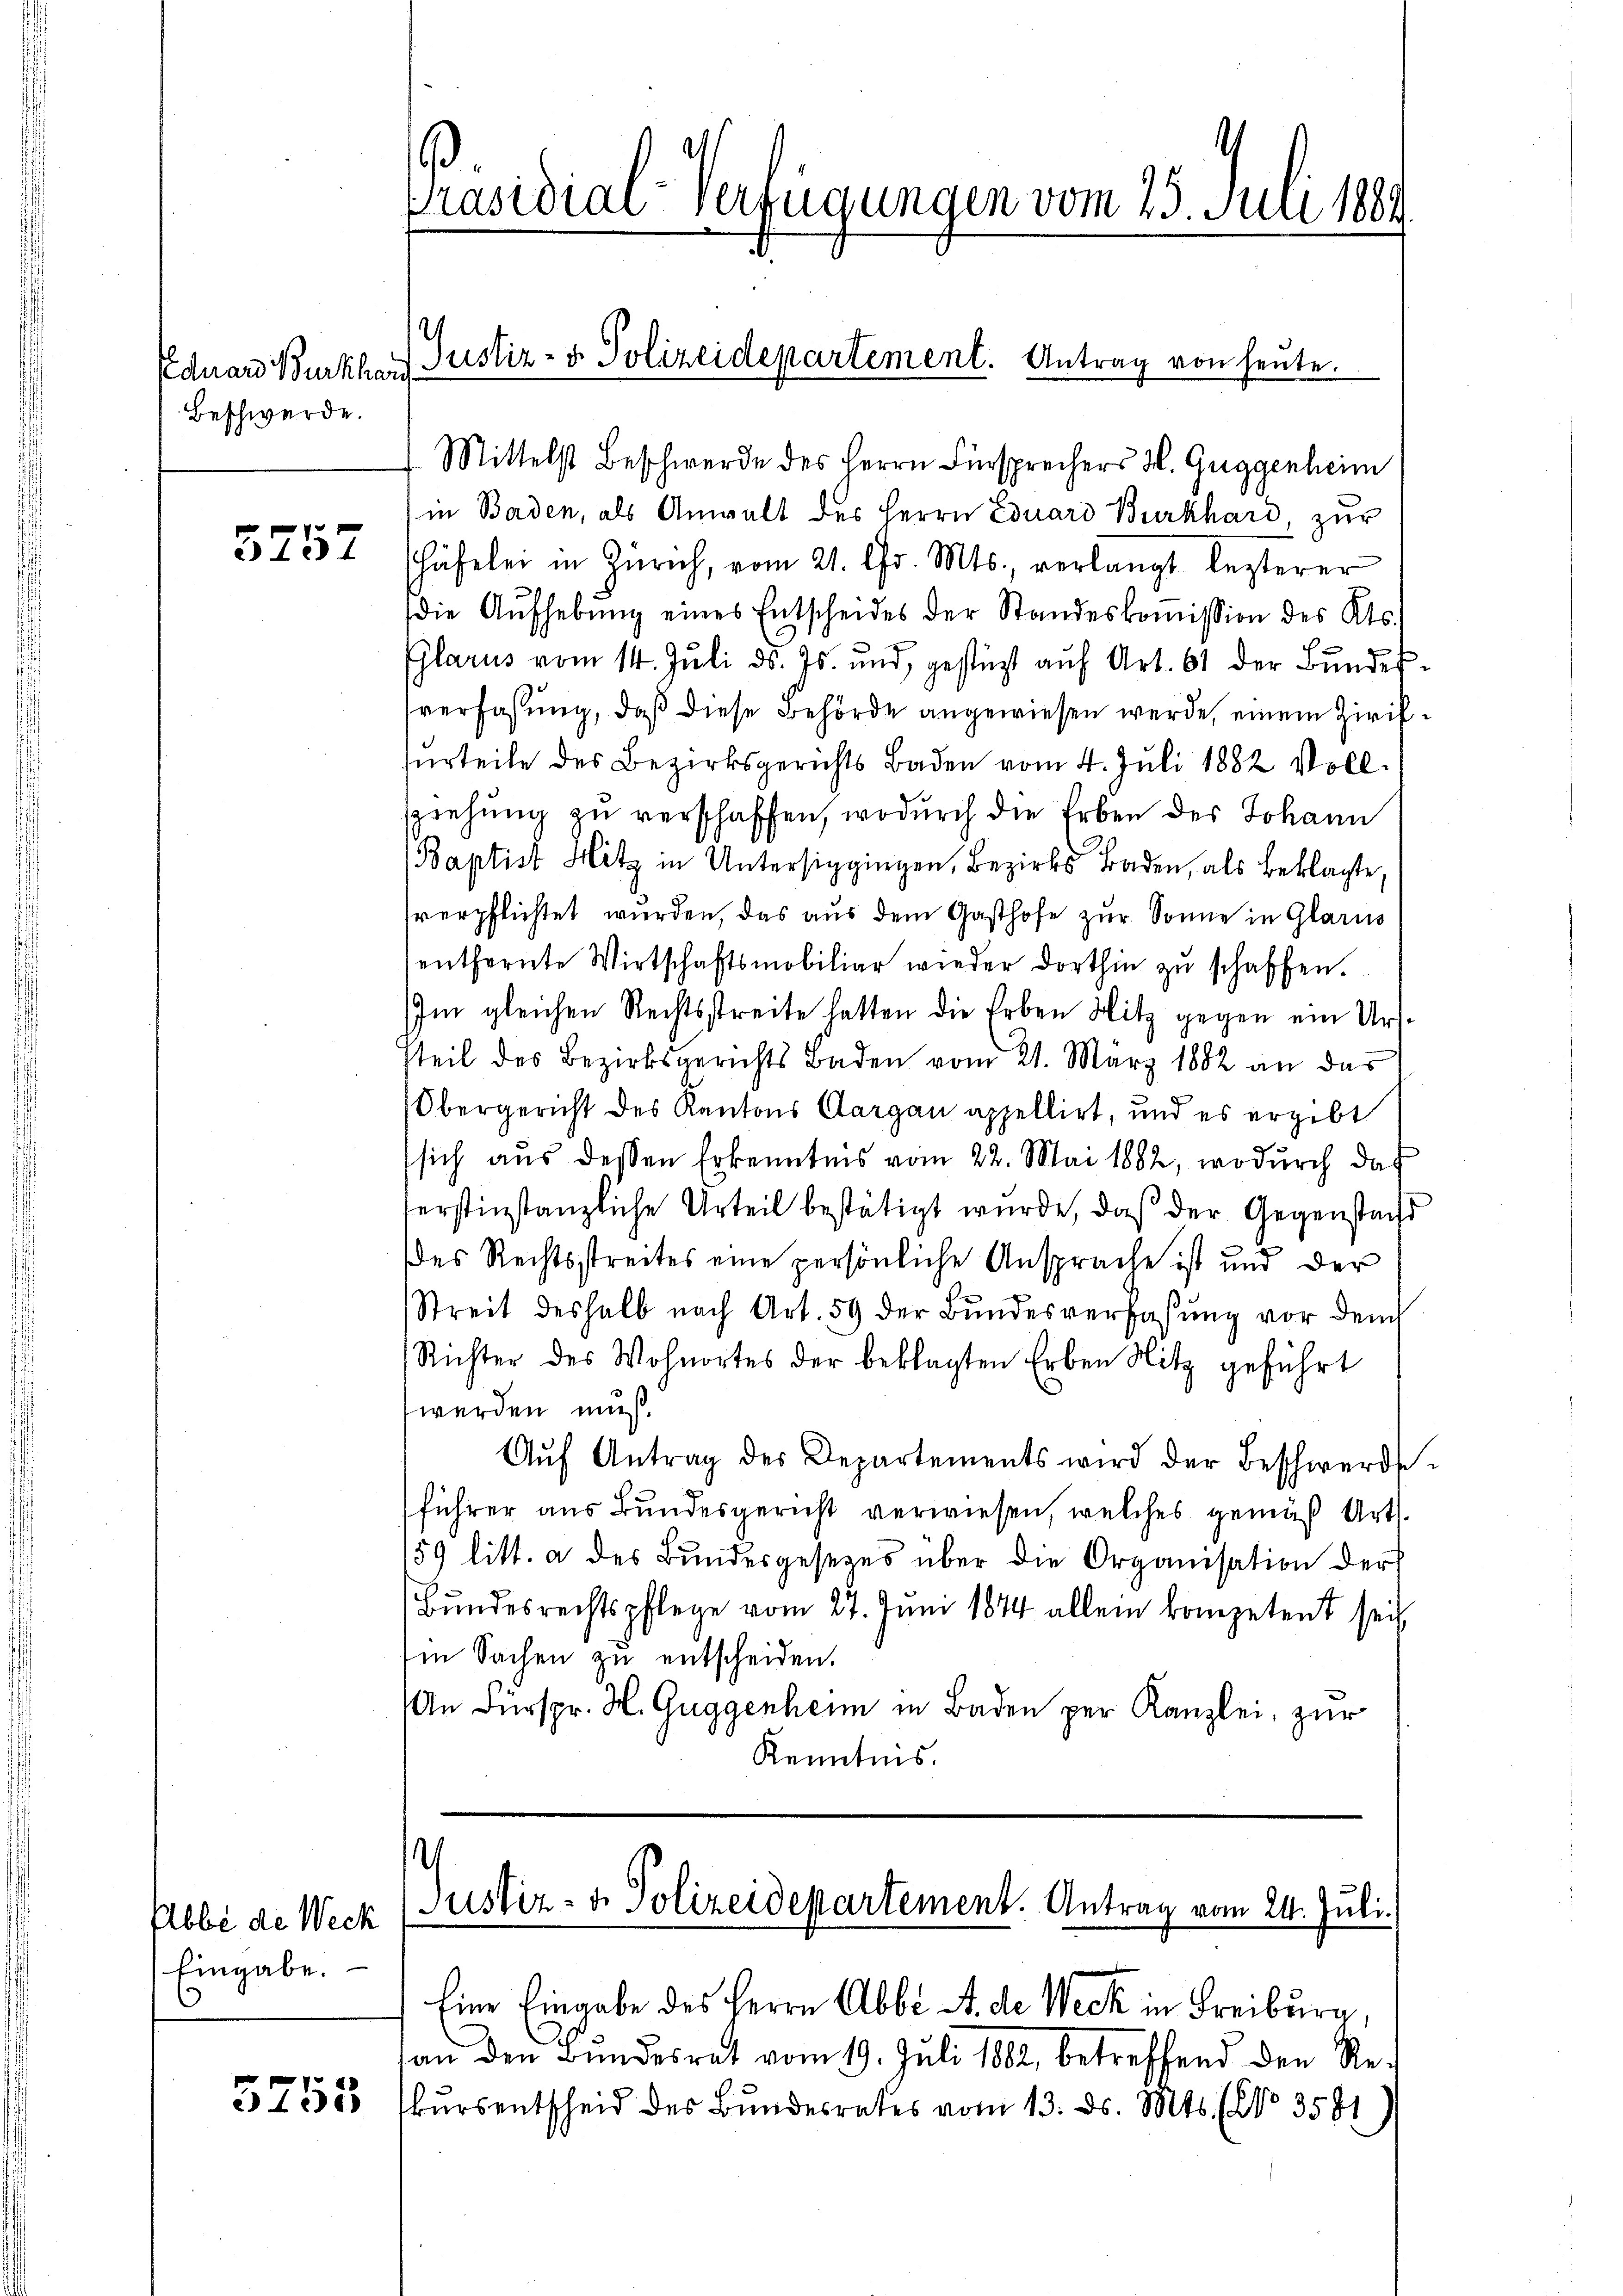
Eduard Burkhar
Beschwerde.

5257

Abbe de Weck
Eingabe.

5755

.
Präsidial-Verfügungen vom 25. Juni 1884.

Mittelst Beschwerde des Herrn Fürsprechers H. Guggenheim
in Baden, als Anwalt des Herrn Eduard Burkhard, zur
Häfelei in Zürich, vom 21. Chr. Mts., verlangt lezterer
die Aŭfhebŭng eines Entscheides der Standeskoṁission des Kts.
Glarus vom 14. Juli d. Js. und, gestüzt auf Art. 61 der Bundessverfassung, daß diese Behörde angewiesen werde, einem Zirifsurteile des Bezirksgerichts Baden vom 4. Juli 1882 Vollsziehung zu verschaffen, wodurch die Erben des Johann
(Baptist Hitz in Untersiggingen, Bezirks Baden, als Beklagte,
verpflichtet wurden, das aus dem Gasthofe zur Sonne in Glarus
entfernte Wirtschaftsmobiliar wieder dorthin zŭ schaffen.
Im gleichen Rechtsstreite hatten die Erben Hitz gegen ein Ursteil des Bezirksgerichts Baden vom 21. März 1882 an das
Obergericht des Kantons Aargau appellirt, und es ergibt
sich aus dessen Erkenntnis vom 22. Mai 1882, wodurch das
herstinstanzliche Urteil bestätigt wurde, daß der Gegenstand
des Rechtsstreites eine persönliche Ansprache ist und der
Streit deshalb nach Art. 59 der Bundesverfaßung vor dem
Richter des Wohnortes der beklagten Erben Nitz geführt
werden muß.
Aŭf Antrag des Departements wird der Beschwerd
führer aus Bundesgericht verwiesen, welches gemäß Art.
59 litt. a des Bŭndesgesetzes über die Organisation der
Bundesrechtspflege vom 27. Juni 1844 allein kompetent sei
Im Sachen zu entscheiden.
An Fürspr. H. Guggenheim in Baden per Kanzlei, zur
Kenntnis.

Justiz- & Polizeidepartement. Antrag von heute.
.

¬
Justiz- & Polizeidepartement. Antrag vom 24. Juli.

an den Bundesrat vom 19. Juli 1882, betreffend den Rekursentscheid des Bundesrates vom 13. ds. Mts. (No 3581

Eine Eingabe des Herrn Abbe A. de Weck in Freiburg,